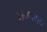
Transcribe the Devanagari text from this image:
मनालाच